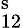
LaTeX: ^\mathrm{{s}}_{12}